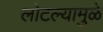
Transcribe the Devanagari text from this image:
लोटल्यामुळे